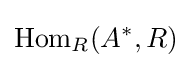
{\text{Hom}}_{R}(A^{\ast },R)